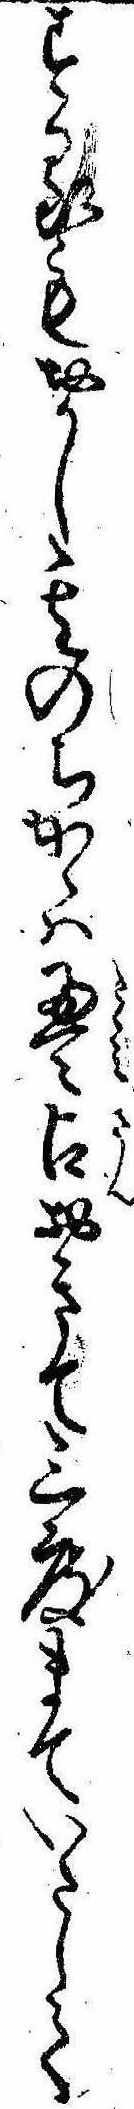
するもおかし其のちかゝは畳占おきて三度まていたして